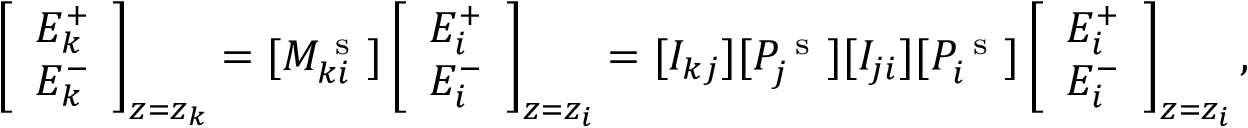
\left[ \begin{array} { l } { E _ { k } ^ { + } } \\ { E _ { k } ^ { - } } \end{array} \right] _ { z = z _ { k } } = [ M _ { k i } ^ { \mathrm { ~ s ~ } } ] \left[ \begin{array} { l } { E _ { i } ^ { + } } \\ { E _ { i } ^ { - } } \end{array} \right] _ { z = z _ { i } } = [ I _ { k j } ] [ P _ { j } ^ { \mathrm { ~ s ~ } } ] [ I _ { j i } ] [ P _ { i } ^ { \mathrm { ~ s ~ } } ] \left[ \begin{array} { l } { E _ { i } ^ { + } } \\ { E _ { i } ^ { - } } \end{array} \right] _ { z = z _ { i } } ,